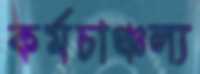
কর্মচাঞ্চল্য